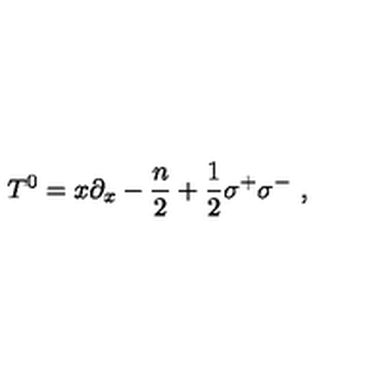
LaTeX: T ^ { 0 } = x \partial _ { x } - { \frac { n } { 2 } } + { \frac { 1 } { 2 } } \sigma ^ { + } \sigma ^ { - } \ ,